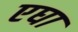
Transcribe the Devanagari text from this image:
एघा